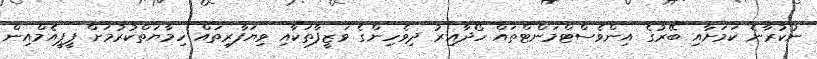
ނުކުރާނެ ކަމަށާއި ބޭރުގެ އިންވެސްޓްމަންޓްތައް ހޯދާއިރު ދިވެހިންގެ ވަޒީފާތަކާއި ވިޔަފާރިތައް ހިމާޔަތްކުރުމަށް ޕީޕީއެމްއިން